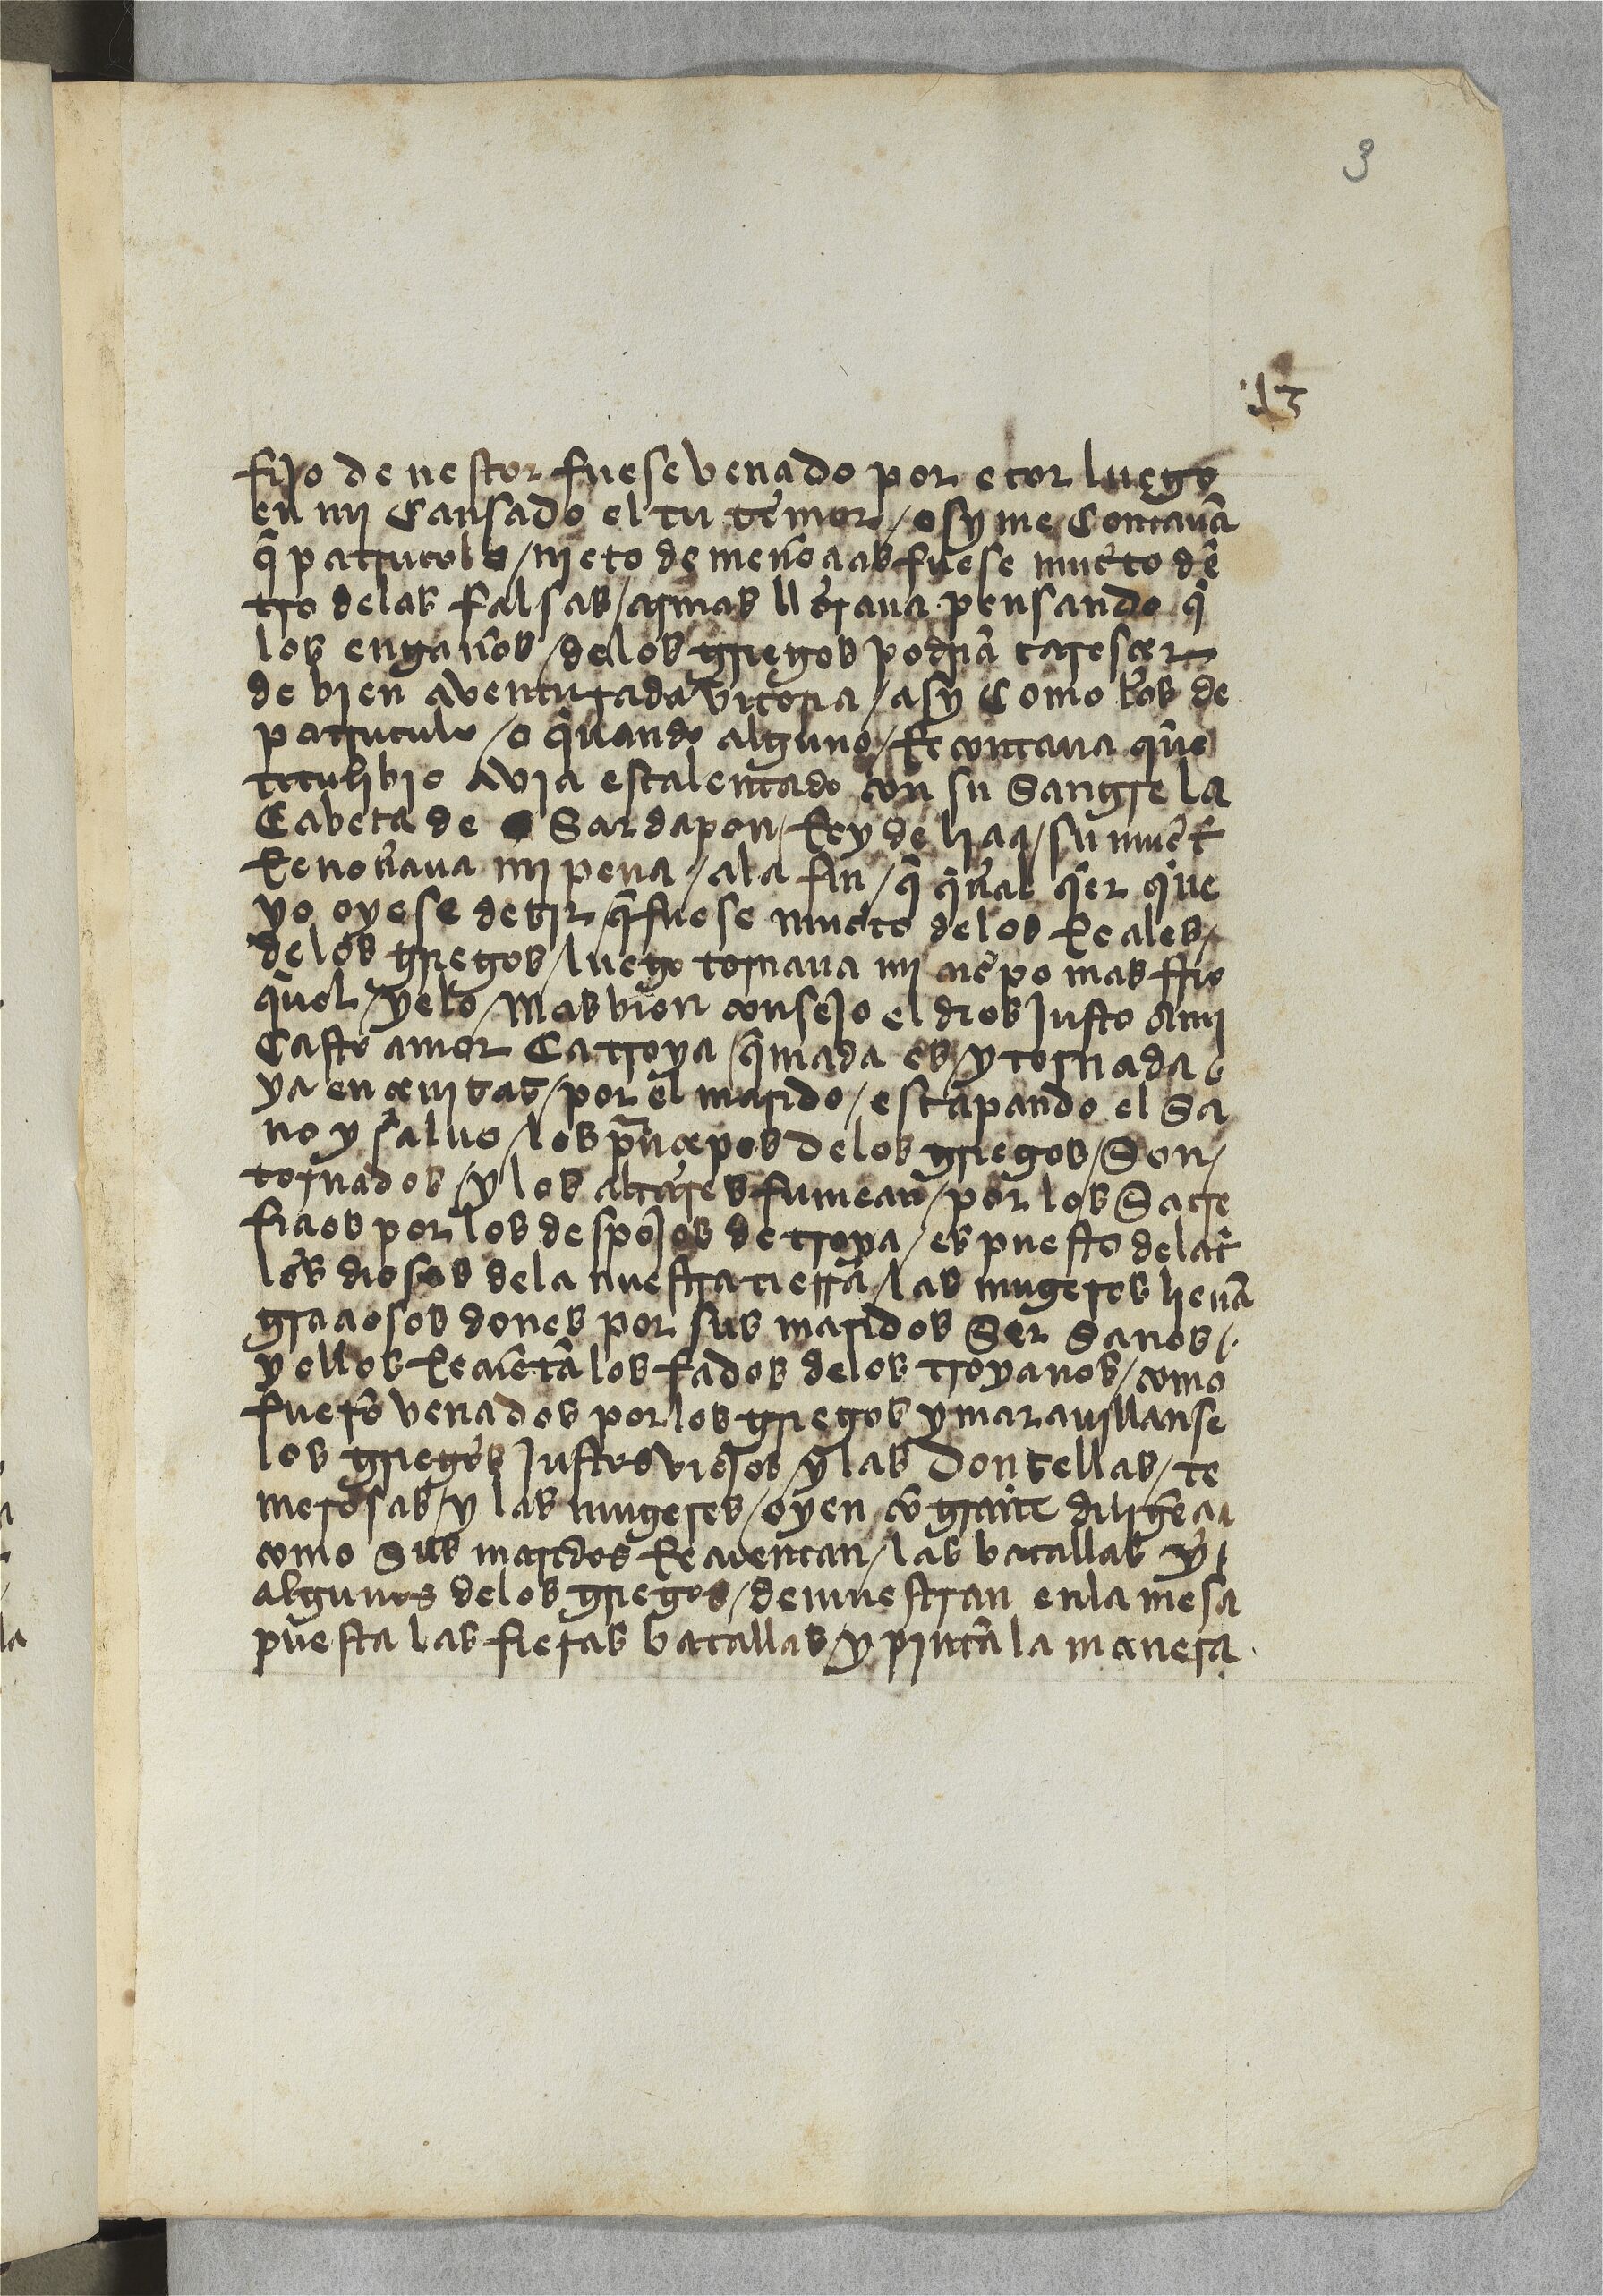
Shelfmark: Paris, BnF, esp. 533
Century: 15